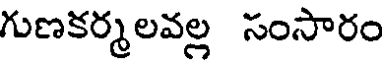
గుణకర్మలవల్ల సంసారం